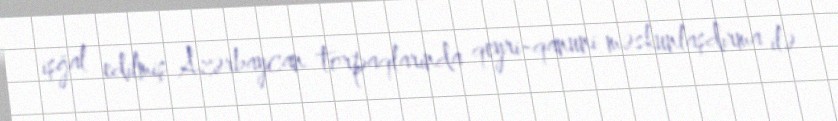
işğal edilmiş Azərbaycan torpaqlarında qeyri-qanuni məskunlaşdırma ilə